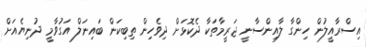
އިސްރާއީލުން ހިންގާ ލާއިންސާނީ ޖަރީމާތަކާ ދެކޮޅަށް ދިވެހިން ތިބިކަން ބައިނަލް އަގުވާމީ ދުނިޔެއަށް